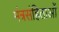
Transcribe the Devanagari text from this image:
मंत्रसंहिताओं